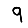
Digit: 9